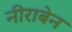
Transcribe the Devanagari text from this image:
नीराबेन